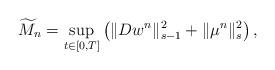
LaTeX: \begin{align*}\widetilde{M}_{n}=\sup_{t\in[0,T]}\left(\|Dw^{n}\|_{s-1}^{2}+\|\mu^{n}\|_{s}^{2}\right),\end{align*}